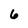
Character: 6